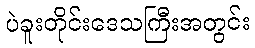
ပဲခူးတိုင်းဒေသကြီးအတွင်း